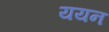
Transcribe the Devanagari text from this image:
ययन